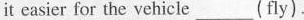
it easier for the vehicle___(fly).